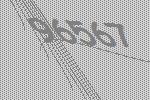
96567